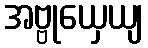
အဗ္ဗုယှေယျ